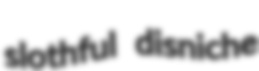
slothful disniche